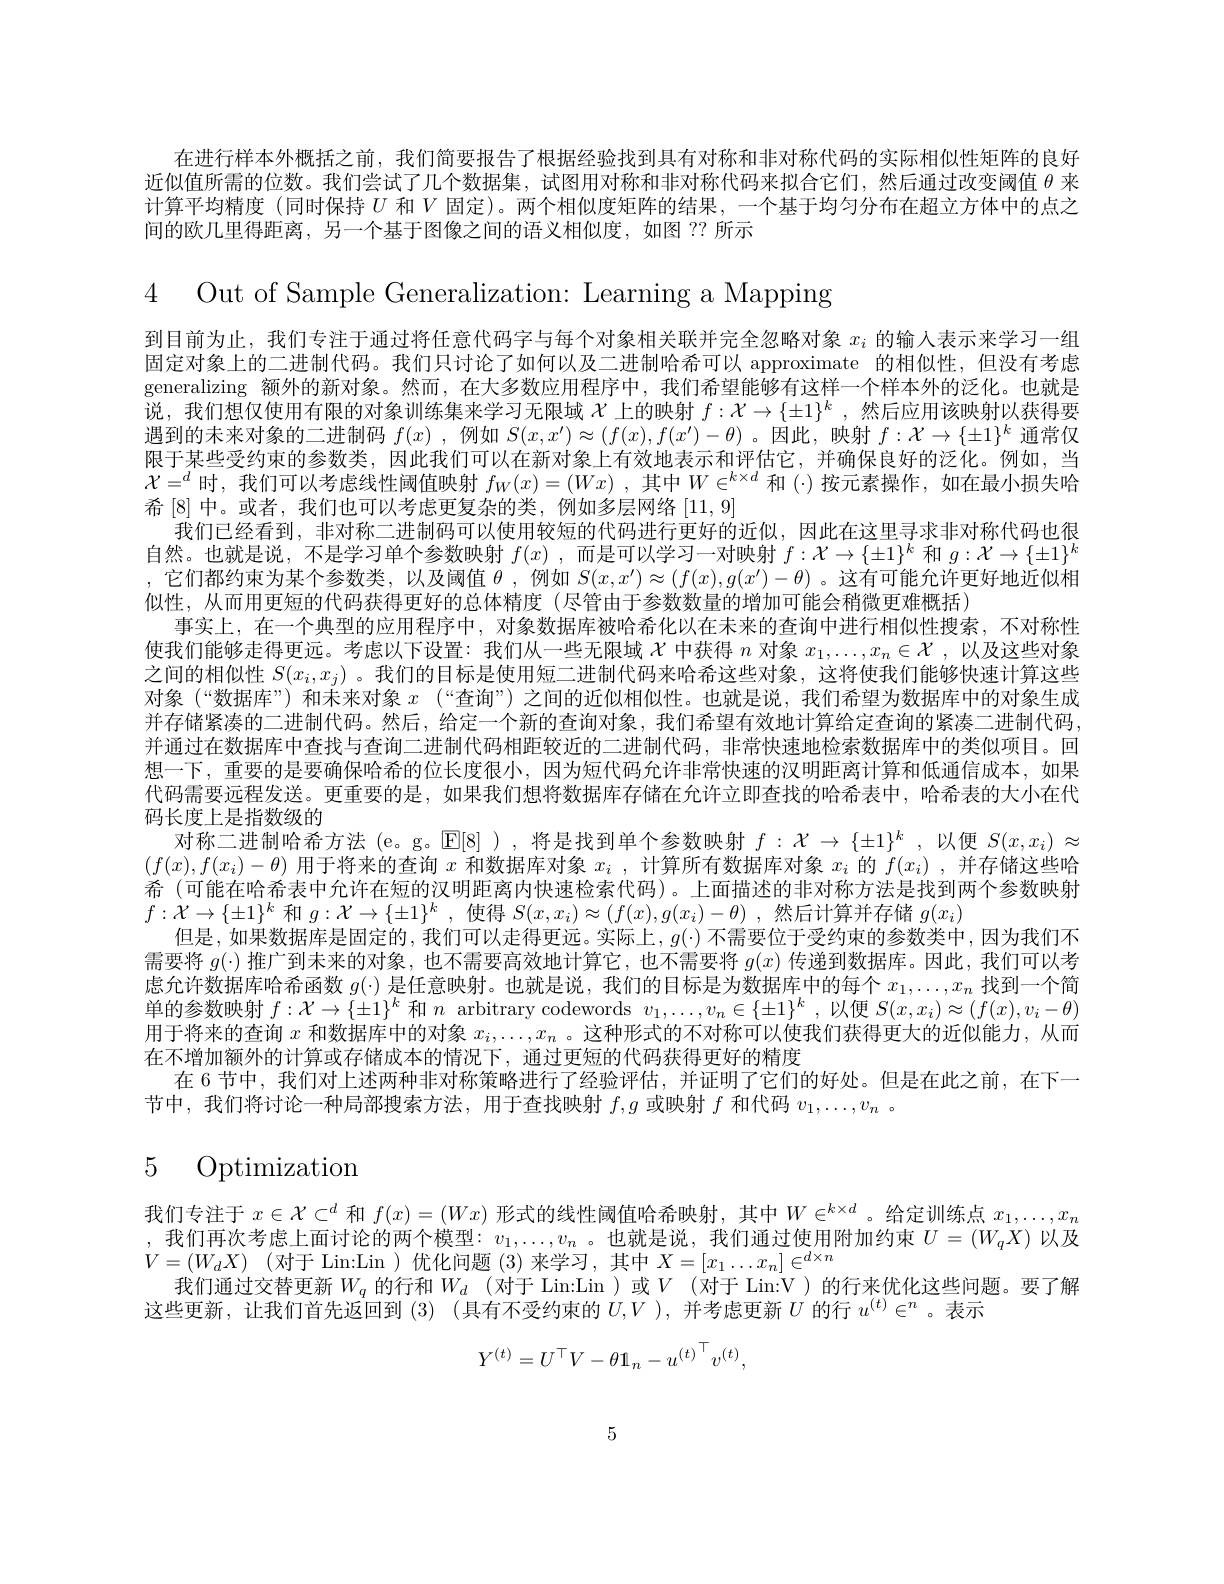
在进行样本外概括之前，我们简要报告了根据经验找到具有对称和非对称代码的实际相似性矩阵的良好近似值所需的位数。我们尝试了几个数据集，试图用对称和非对称代码来拟合它们，然后通过改变阈值$\theta$来计算平均精度 (同时保持$U$和$V$固定)。两个相似度矩阵的结果，一个基于均匀分布在超立方体中的点之间的欧几里得距离，另一个基于图像之间的语义相似度，如图 ?? 所示

4 Out of Sample Generalization: Learning a Mapping

到目前为止，我们专注于通过将任意代码字与每个对象相关联并完全忽略对象$x_i$的输入表示来学习一组固定对象上的二进制代码。我们只讨论了如何以及二进制哈希可以 approximate 的相似性，但没有考虑generalizing 额外的新对象。然而，在大多数应用程序中，我们希望能够有这样一个样本外的泛化。也就是说，我们想仅使用有限的对象训练集来学习无限域$\chi$上的映射$f:\mathcal{X}\to\{\pm1\}^k$ ,然后应用该映射以获得要遇到的未来对象的二进制码$f(x)$ ,例如$S(x,x^\prime)\approx(f(x),f(x^{\prime})-\theta)$ 。因此，映射$f:\mathcal{X}\to\{\pm1\}^k$通常仅限于某些受约束的参数类，因此我们可以在新对象上有效地表示和评估它，并确保良好的泛化。例如，当$\mathcal{X}=^d$时，我们可以考虑线性阈值映射$f_W(x)=(Wx)$,其中$W\in^k\times d$和 (·)按元素操作，如在最小损失哈希[8]中。或者，我们也可以考虑更复杂的类，例如多层网络[11,9]
我们已经看到，非对称二进制码可以使用较短的代码进行更好的近似，因此在这里寻求非对称代码也很自然。也就是说，不是学习单个参数映射$f(x)$ ,而是可以学习一对映射$f:\mathcal{X}\to\{\pm1\}^k$和$g:\mathcal{X}\to\{\pm1\}^k$ ,它们都约束为某个参数类，以及阈值$\theta$,例如$S(x,x^\prime)\approx(f(x),g(x^{\prime})-\theta)$ 。这有可能允许更好地近似相似性，从而用更短的代码获得更好的总体精度(尽管由于参数数量的增加可能会稍微更难概括)
事实上，在一个典型的应用程序中，对象数据库被哈希化以在未来的查询中进行相似性搜索，不对称性使我们能够走得更远。考虑以下设置：我们从一些无限域$\chi$中获得$n$对象$x_1,\ldots,x_n\in\mathcal{X}$ ,以及这些对象之间的相似性$S(x_i,x_j)$ 。我们的目标是使用短二进制代码来哈希这些对象，这将使我们能够快速计算这些对象 (“数据库”) 和末来对象$x$ (“查询”) 之间的近似相似性。也就是说，我们希望为数据库中的对象生成并存储紧凑的二进制代码。然后，给定一个新的查询对象，我们希望有效地计算给定查询的紧凑二进制代码， 并通过在数据库中查找与查询二进制代码相距较近的二进制代码，非常快速地检索数据库中的类似项目。回想一下，重要的是要确保哈希的位长度很小，因为短代码允许非常快速的汉明距离计算和低通信成本，如果代码需要远程发送。更重要的是，如果我们想将数据库存储在允许立即查找的哈希表中，哈希表的大小在代码长度上是指数级的
对称二进制哈希方法 (e。g。$\operatorname{E}[8]$ ),将是找到单个参数映射$f:\mathcal{X}\to\{\pm1\}^k$ ,以便$S(x,x_i)\approx$ $(f(x),f(x_i)-\theta)$用于将来的查询$x$和数据库对象$x_i$,计算所有数据库对象$x_i$的$f(x_i)$ ,并存储这些哈希 (可能在哈希表中允许在短的汉明距离内快速检索代码)。上面描述的非对称方法是找到两个参数映射$f:\mathcal{X}\to\{\pm1\}^k$和$g:\mathcal{X}\to\{\pm1\}^k$,使得$S(x,x_i)\approx(f(x),g(x_i)-\theta)$ ,然后计算并存储$g(x_i)$
但是，如果数据库是固定的，我们可以走得更远。实际上，$g(\cdot)$不需要位于受约束的参数类中，因为我们不需要将$g(\cdot)$推广到未来的对象，也不需要高效地计算它，也不需要将$g(x)$传递到数据库。因此，我们可以考虑允许数据库哈希函数$g(\cdot)$是任意映射。也就是说，我们的目标是为数据库中的每个$x_1,\ldots,x_n$找到一个简单的参数映射$f:\mathcal{X}\to\{\pm1\}^k$和$n$ arbitrary codewords $v_1,\ldots,v_n\in\{\pm1\}^k$,以便$S(x,x_i)\approx(f(x),v_i-\theta)$ 用于将来的查询$x$和数据库中的对象$x_i,\ldots,x_n$ 。这种形式的不对称可以使我们获得更大的近似能力，从而在不增加额外的计算或存储成本的情况下，通过更短的代码获得更好的精度
在 6 节中，我们对上述两种非对称策略进行了经验评估，并证明了它们的好处。但是在此之前，在下一
节中，我们将讨论一种局部搜索方法，用于查找映射$f,g$或映射$f$和代码$v_1,\ldots,v_n$ 。

# 5 Optimization

我们专注于$x\in\mathcal{X}\subset^d$和$f(x)=(Wx)$形式的线性阈值哈希映射，其中$W\in^k\times d$。给定训练点$x_1,\ldots,x_n$ ,我们再次考虑上面讨论的两个模型：$v_1,\ldots,v_n$ 。也就是说，我们通过使用附加约束$U=(W_qX)$以及$V= ( W_{d}X)$ (对于 Lin:Lin )优化问题 (3)来学习，其中 $X=[x_1\ldots x_n]\in^{d\times n}$
我们通过交替更新$W_q$ 的行和 $W_d$ (对于 Lin:Lin )或$V$ (对于 Lin:V)的行来优化这些问题。要了解
这些更新，让我们首先返回到(3)(具有不受约束的$U,V$ ),并考虑更新$U$的行$u^(t)\in^n$。表示
$$Y^{(t)}=U^\top V-\theta\mathbb{1}_n-u^{(t)}^\top v^{(t)},$$
5